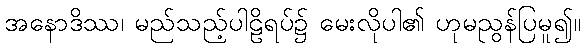
အနောဒိဿ၊ မည်သည့်ပါဠိရပ်၌ မေးလိုပါ၏ ဟုမညွန်ပြမူ၍။